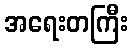
အရေးတကြီး